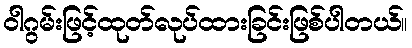
ဝါဂွမ်းဖြင့်ထုတ်လုပ်ထားခြင်းဖြစ်ပါတယ်။